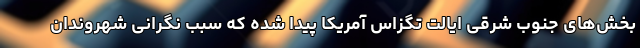
بخش‌های جنوب شرقی ایالت تگزاس آمریکا پیدا شده که سبب نگرانی شهروندان